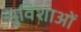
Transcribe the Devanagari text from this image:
सुविशाओं